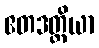
ဧတဒတ္ထိယာ